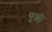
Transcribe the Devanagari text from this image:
पुशी